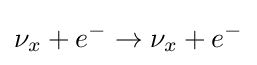
\nu _{x}+e^{-}\to \nu _{x}+e^{-}